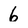
Character: 6